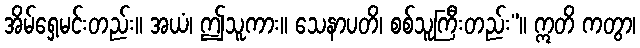
အိမ်ရှေ့မင်းတည်း။ အယံ၊ ဤသူကား။ သေနာပတိ၊ စစ်သူကြီးတည်း”။ ဣတိ ကတွာ၊